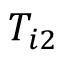
T _ { i 2 }